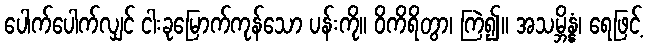
ပေါက်ပေါက်လျှင် ငါးခုမြောက်ကုန်သော ပန်းကို။ ဝိကိရိတွာ၊ ကြဲ၍။ အသမ္ဘိန္နံ၊ ရေဖြင့်